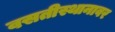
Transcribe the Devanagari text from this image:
वसतीस्थानावर